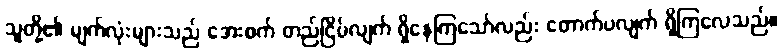
သူတို့၏ မျက်လုံးများသည် အေးစက် တည်ငြိမ်လျက် ရှိနေကြသော်လည်း တောက်ပလျက် ရှိကြလေသည်။